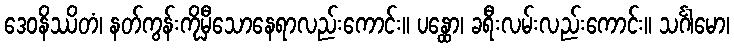
ဒေဝနိဿိတံ၊ နတ်ကွန်းကိုမှီသောနေရာလည်းကောင်း။ ပန္ထော၊ ခရီးလမ်းလည်းကောင်း။ သင်္ဂါမော၊